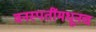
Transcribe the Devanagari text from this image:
वनस्पतींमधूनच